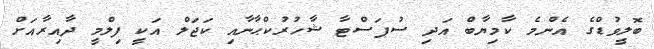
ބޮލީވުޑްގެ އެންމެ ކާމިޔާބް އަދި ސުޕަސްޓާ ޝާހުރުކްޙާނާއި ކަޖަލް އަކީ ފިލްމީ ދާއިރާއަށް